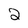
Character: 2